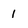
Character: 1